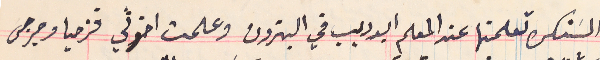
السَنكرة تعلمتها عند المعلم ابو ديب في البترون وعلمت اخوتي قزحيا وجرجس